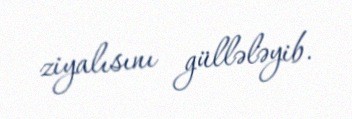
ziyalısını güllələyib.